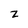
Character: z